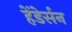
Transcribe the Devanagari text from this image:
हेंडेर्सन